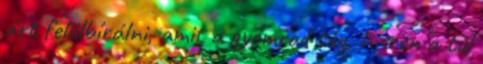
árt felülbírálni, amit a gyomrod súg, hiszen a túl